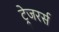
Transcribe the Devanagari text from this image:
ट्रेजरर्स